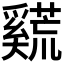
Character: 𪥣